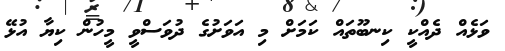
ވަޅެއް ދެއްކީ ކިނބޫތައް ކަމަށް މި އަވަށުގެ ދުވަސްވީ މީހުން ކިޔާ އުޅޭ